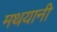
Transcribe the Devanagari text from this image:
मथयानी